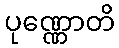
ပုဏ္ဏောတိ